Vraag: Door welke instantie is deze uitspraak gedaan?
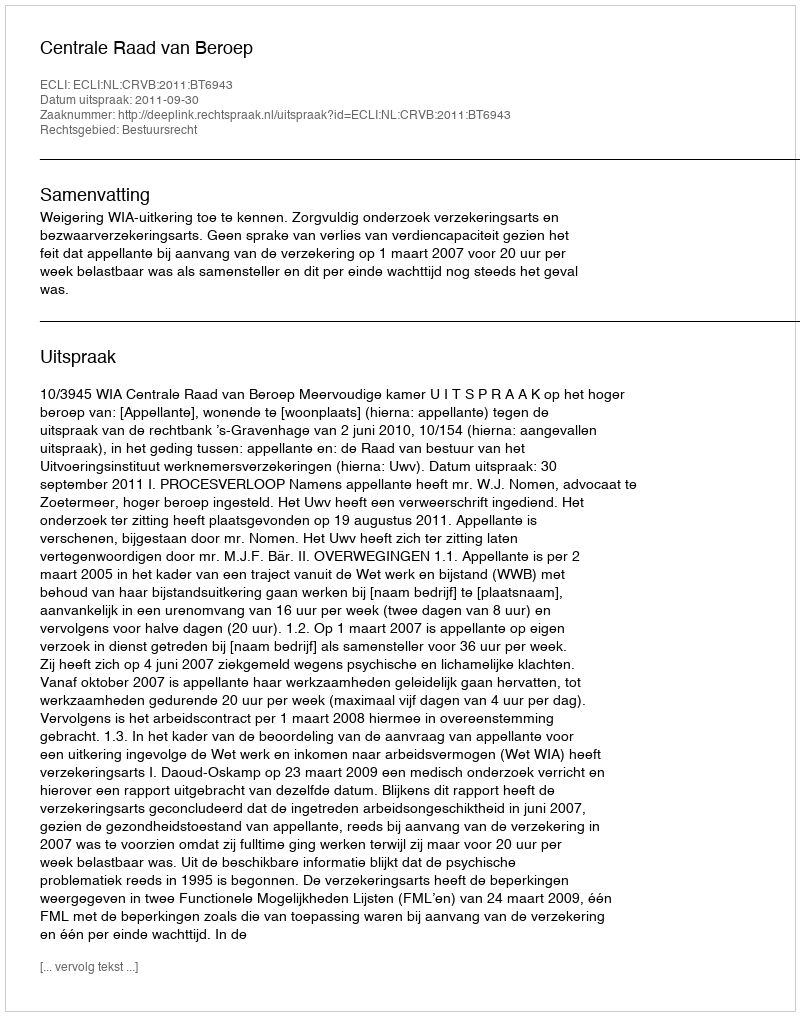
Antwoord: Centrale Raad van Beroep